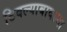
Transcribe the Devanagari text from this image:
टिवल्याबावल्या